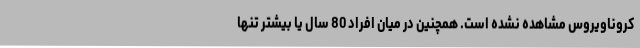
کروناویروس مشاهده نشده است. همچنین در میان افراد 80 سال یا بیشتر تنها